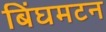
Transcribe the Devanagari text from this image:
बिंघमटन